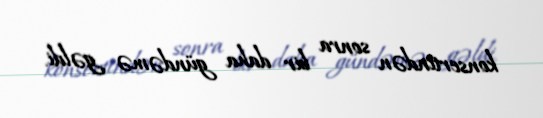
konsertindən sonra bir daha gündəmə gəldi.